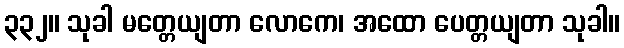
၃၃၂။ သုခါ မတ္တေယျတာ လောကေ၊ အထော ပေတ္တယျတာ သုခါ။